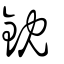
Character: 鈂